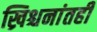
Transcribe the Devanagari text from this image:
ख्रिश्चनांतही